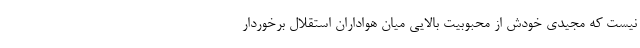
نیست که مجیدی خودش از محبوبیت بالایی میان هواداران استقلال برخوردار